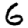
Digit: 6